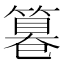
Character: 篹